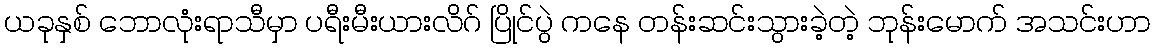
ယခုနှစ် ဘောလုံးရာသီမှာ ပရီးမီးယားလိဂ် ပြိုင်ပွဲ ကနေ တန်းဆင်းသွားခဲ့တဲ့ ဘုန်းမောက် အသင်းဟာ